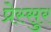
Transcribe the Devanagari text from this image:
प्रेस्सुर